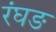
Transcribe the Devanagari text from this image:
रंघङ